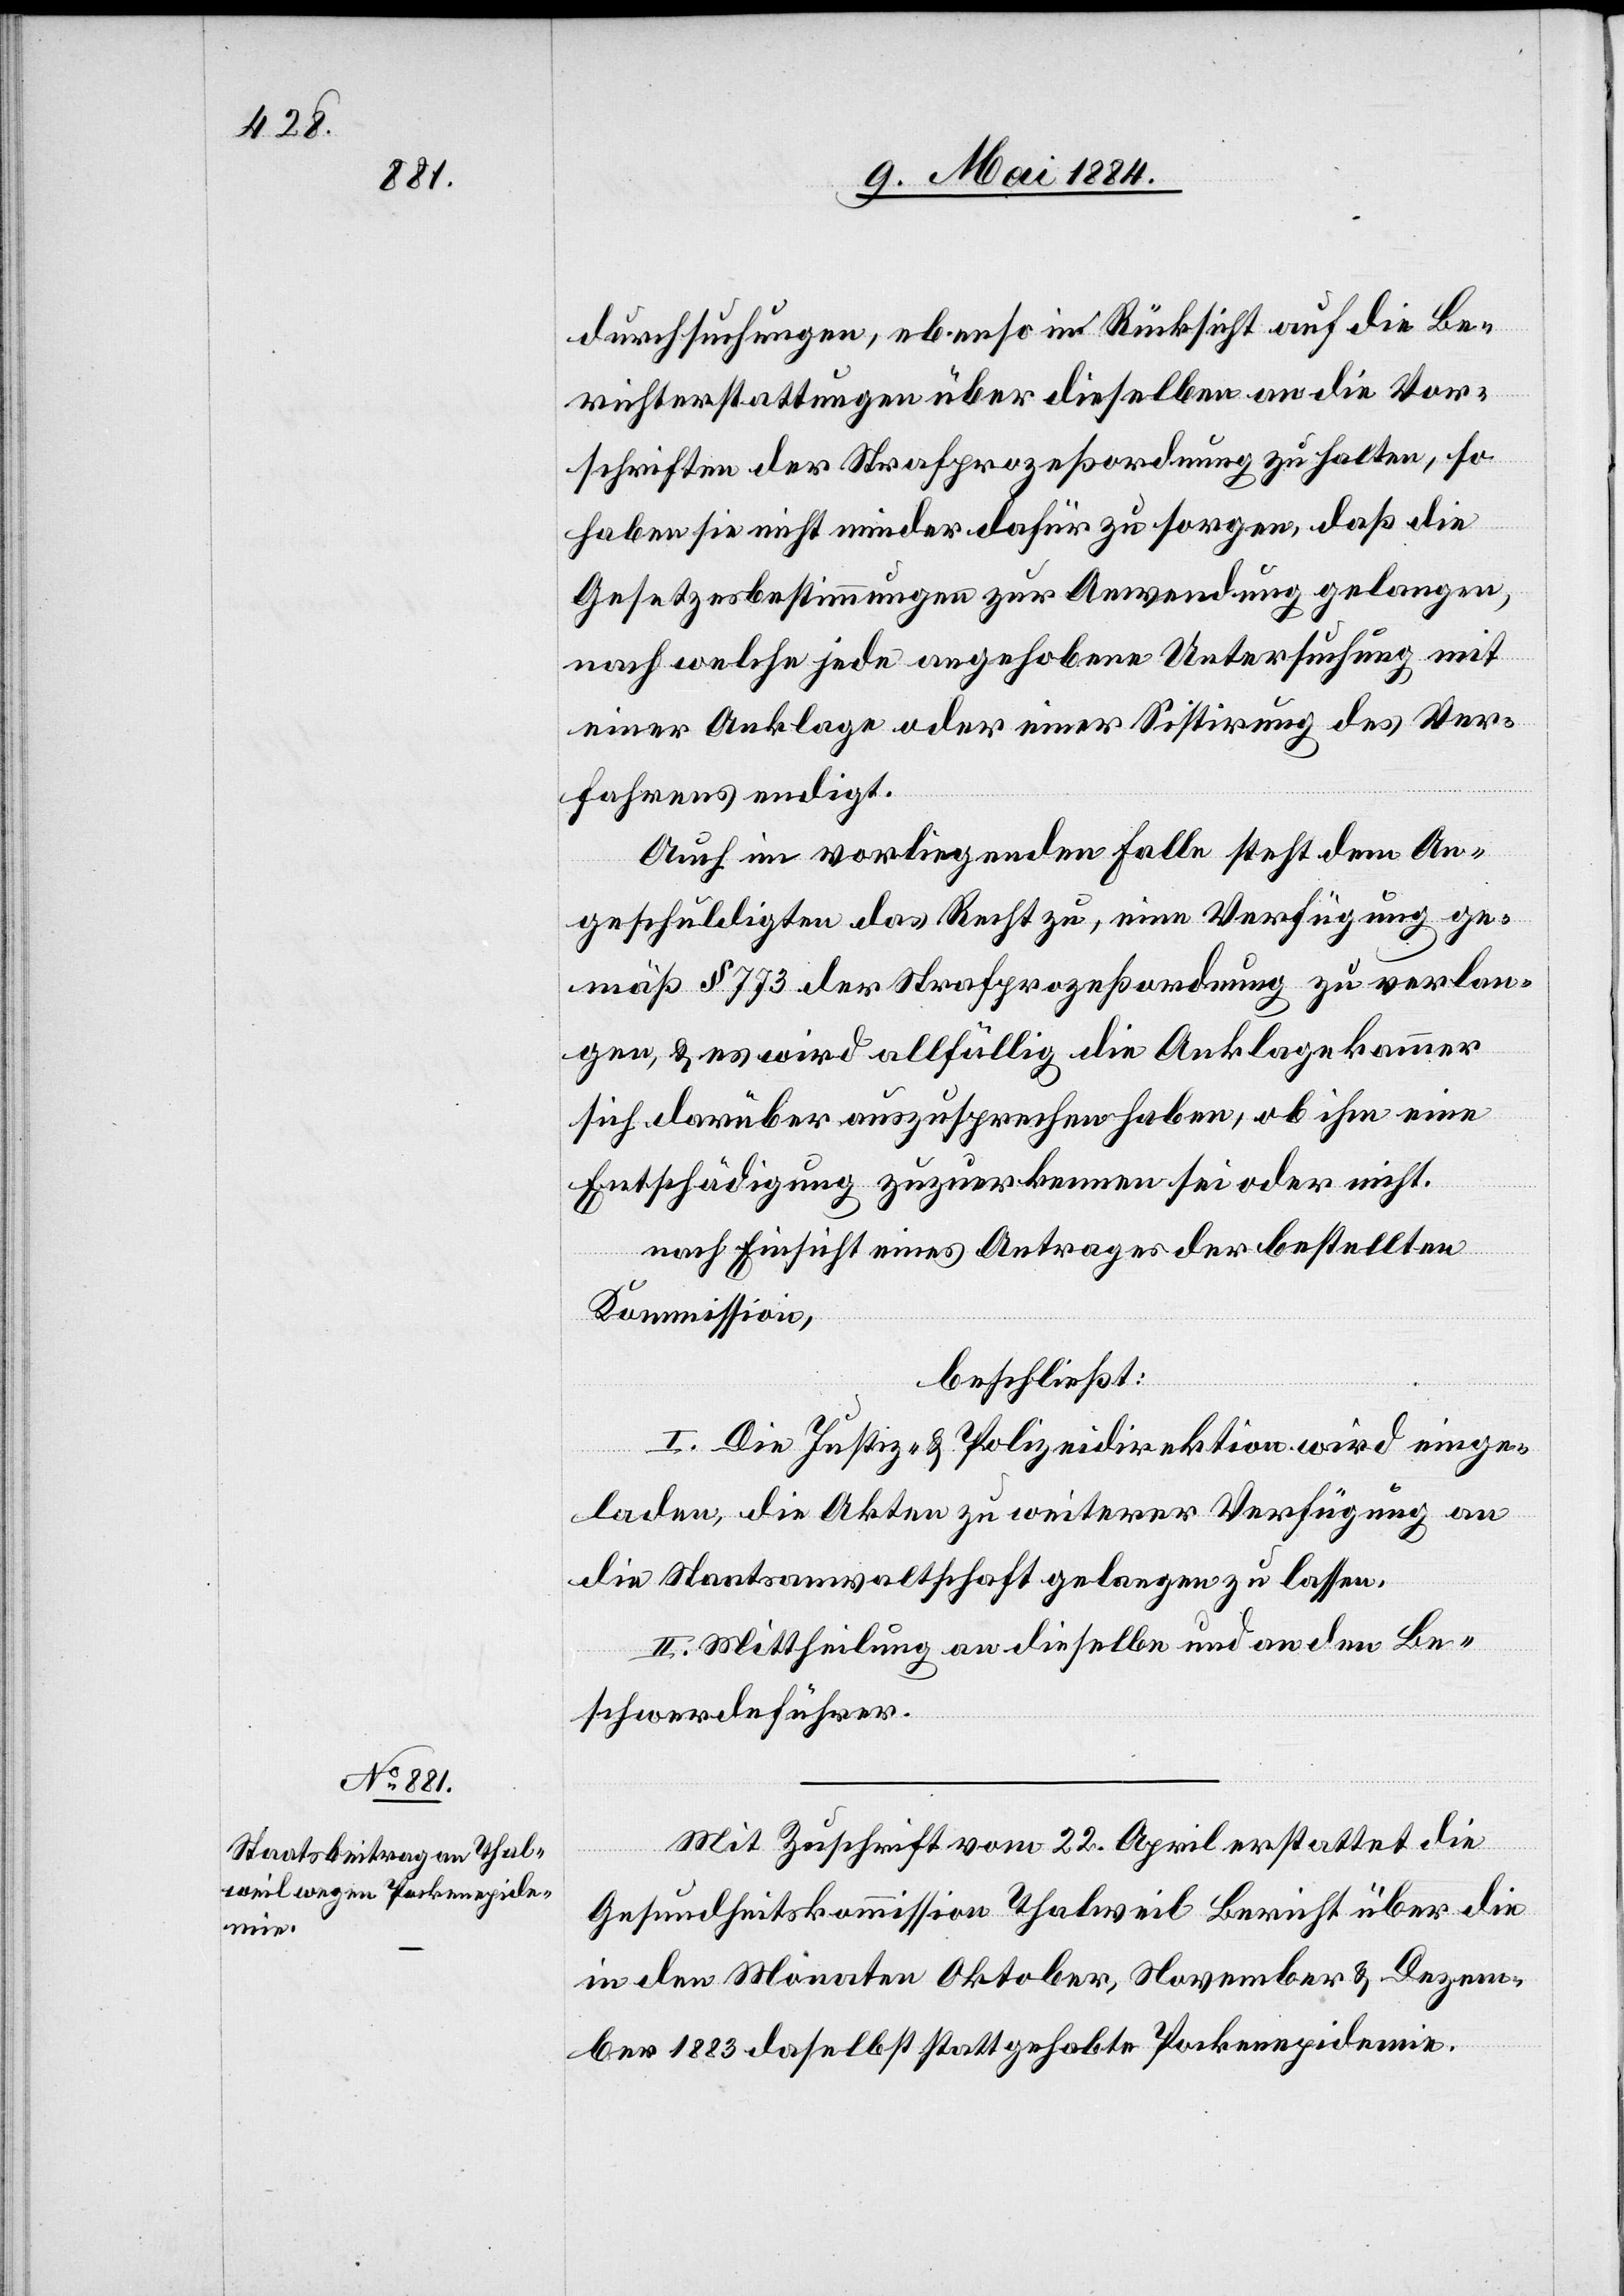
durchsuchungen, ebenso in Rücksicht auf die Be¬
richterstattungen über dieselben an die Vor¬
schriften der Strafprozeßordnung zu halten, so
haben sie nicht minder dafür zu sorgen, daß die
Gesetzesbestimmungen zur Anwendung gelangen,
nach welchen jede angehobene Untersuchung mit
einer Anklage oder einer Sistirung des Ver¬
fahrens endigt.
Auch im vorliegenden Falle steht dem An¬
geschuldigten das Recht zu, eine Verfügung ge¬
mäß § 773 der Strafprozeßordnung zu verlan¬
gen, & es wird allfällig die Anklagekammer
sich darüber auszusprechen haben, ob ihm eine
Entschädigung zuzuerkennen sei oder nicht.
nach Einsicht eines Antrages der bestellten
Kommission,
beschließt:
I. Die Justiz- & Polizeidirektion wird einge¬
laden, die Akten zu weiterer Verfügung an
die Staatsanwaltschaft gelangen zu lassen.
II. Mittheilung an dieselben und an den Be¬
schwerdeführer.
Mit Zuschrift vom 22. April erstattet die
Gesundheitskommission Thalweil Bericht über die
in den Monaten Oktober, November & Dezem¬
ber 1883 daselbst statt gehabte Pockenepidemie.